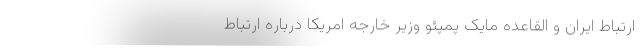
ارتباط ایران و القاعده مایک پمپئو وزیر خارجه امریکا درباره ارتباط